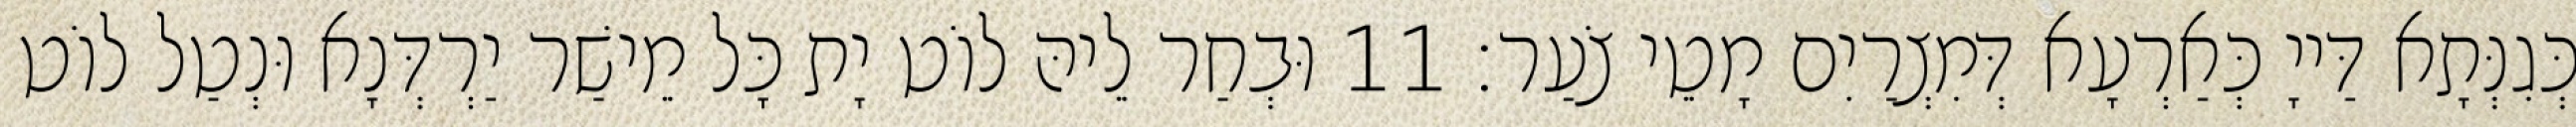
כְּגִנְּתָא דַּייָ כְּאַרְעָא דְּמִצְרַיִם מָטֵי צֹעַר׃ 11 וּבְחַר לֵיהּ לוֹט יָת כָּל מֵישַׁר יַרְדְּנָא וּנְטַל לוֹט